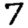
Digit: 7